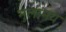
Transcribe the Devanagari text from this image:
मुलामय